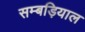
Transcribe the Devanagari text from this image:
सम्बड़ियाल